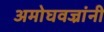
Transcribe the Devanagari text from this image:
अमोघवज्रांनी